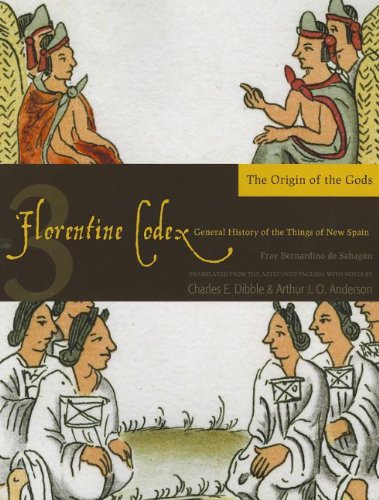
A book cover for Florentine Codex: Book 3: Book 3: The Origin of the Gods (Florentine Codex: General History of the Things of New Spain); Bernardino de Sahagun; History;